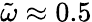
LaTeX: \tilde{\omega}\approx 0.5